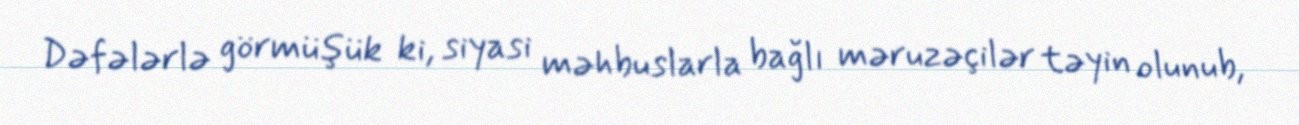
Dəfələrlə görmüşük ki, siyasi məhbuslarla bağlı məruzəçilər təyin olunub,